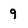
Character: 9